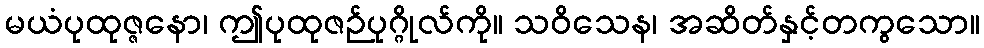
မယံပုထုဇ္ဇနော၊ ဤပုထုဇဉ်ပုဂ္ဂိုလ်ကို။ သဝိသေန၊ အဆိတ်နှင့်တကွသော။